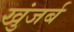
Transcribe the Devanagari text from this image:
खुंजर्ब